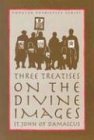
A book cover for Three Treatises on the Divine Images (St. Vladimir's Seminary Press Popular Patristics Series); of Reading John; Arts & Photography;